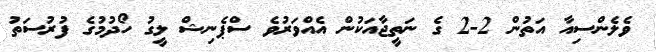
ވެލެންސިއާ އަތުން 2-2 ގެ ނަތީޖާއަކުން އެއްވަރުވެ ސްޕެނިޝް ލީގު ހޯދުމުގެ ފުރުސަތު